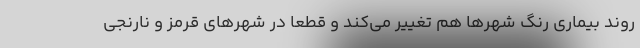
روند بیماری رنگ شهرها هم تغییر می‌کند و قطعا در شهرهای قرمز و نارنجی